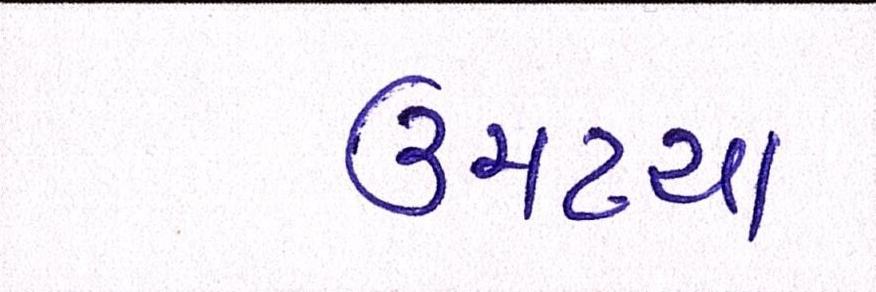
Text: ઉમટયા